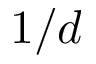
1 / d